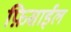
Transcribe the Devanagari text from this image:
फ़िसाईल